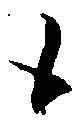
候